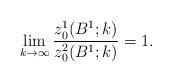
LaTeX: \begin{align*}\lim_{k\rightarrow\infty}\frac{z_0^1(B^1;k)}{z_0^2(B^1;k)}=1.\end{align*}